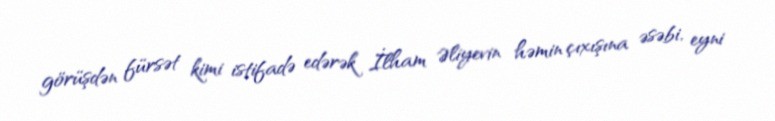
görüşdən fürsət kimi istifadə edərək İlham Əliyevin həmin çıxışına əsəbi, eyni